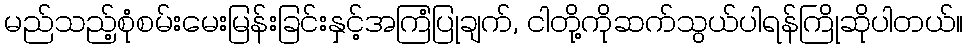
မည်သည့်စုံစမ်းမေးမြန်းခြင်းနှင့်အကြံပြုချက်, ငါတို့ကိုဆက်သွယ်ပါရန်ကြိုဆိုပါတယ်။